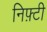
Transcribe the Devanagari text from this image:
निफ़्टी